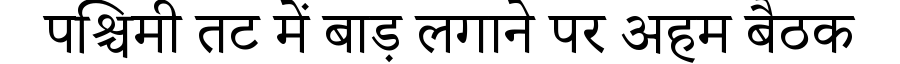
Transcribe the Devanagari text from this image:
पश्चिमी तट में बाड़ लगाने पर अहम बैठक